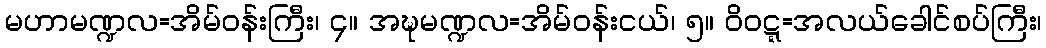
မဟာမဏ္ဍလ=အိမ်ဝန်းကြီး၊ ၄။ အဍ္ဎမဏ္ဍလ=အိမ်ဝန်းငယ်၊ ၅။ ဝိဝဋ္ဋ=အလယ်ခေါင်စပ်ကြီး၊